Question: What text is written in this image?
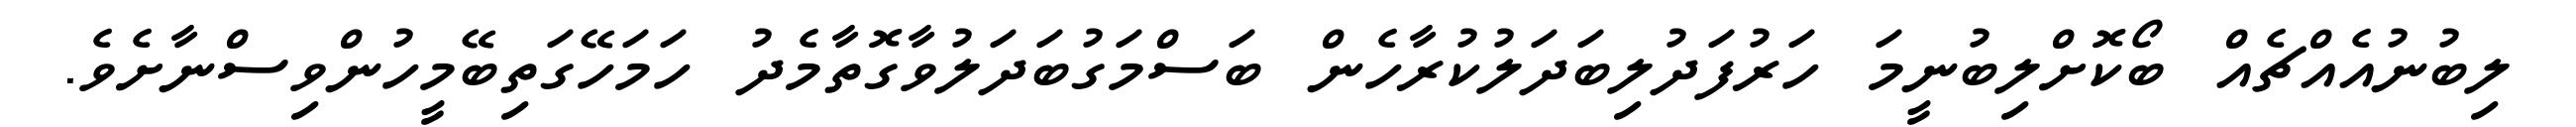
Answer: ލިބުނުއެއްޗެއް ބޯކޮށްލިބުނީމަ ހަރުފަދުލިބަދަލުކުރާހެން ބަސްމަގުބަދަލުވާގޮތާމެދު ހަމަހޭގަތިބޭމީހުންވިސްނާށެވެ.